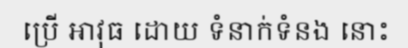
ប្រើ អាវុធ ដោយ ទំនាក់ទំនង នោះ